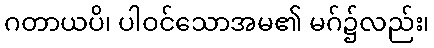
ဂတာယပိ၊ ပါဝင်သောအမ၏ မဂ်၌လည်း၊